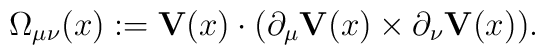
\Omega_{\mu\nu}(x):={\bf V}(x) \cdot (\partial_\mu{\bf V}(x) \times \partial_\nu{\bf V}(x)) .